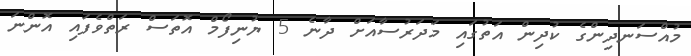
މުއްސަނދިންގެ ކުދިން އަތުގައި މަދަރުސާއަށް ދާނެ 5 ޔުނިފޯމް އޮތަސް ރަތްވެފައި އޮންނަ